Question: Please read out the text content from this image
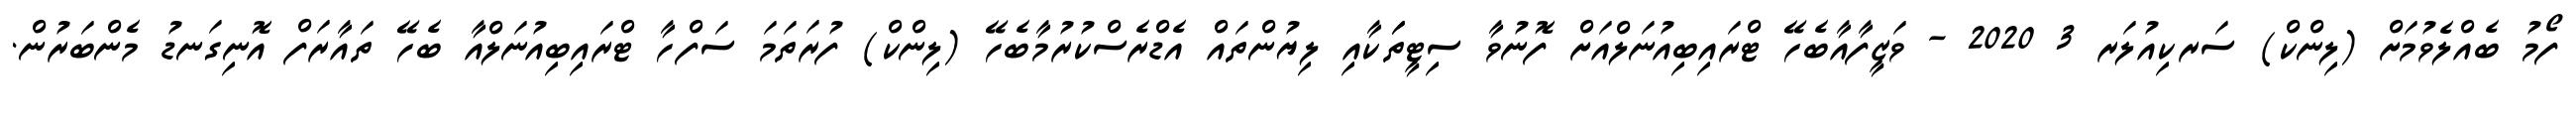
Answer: ފޯމު ބެއްލެވުމަށް (ލިންކް) ސަރކިއުލަރ 3 2020 - ވަޒީފާއާބެހޭ ޓްރައިބިއުނަލްއަށް ފޮނުވާ ސިޓީތަަކާއި ލިޔުންތައް އެޑްރެސްކުރުމާބެހޭ (ލިންކް) ފުރަތަމަ ސަފްހާ ޓްރައިބިއުނަލްއާ ބެހޭ ތައާރަފް އޮނިގަނޑު މެންބަރުން.